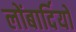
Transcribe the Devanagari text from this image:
लोंबार्दियों